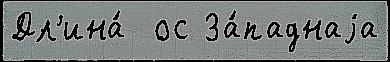
Дл'ина́  ос За́паднаjа